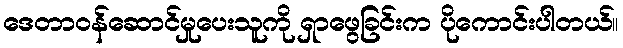
ဒေတာဝန်ဆောင်မှုပေးသူကို ရှာဖွေခြင်းက ပိုကောင်းပါတယ်။